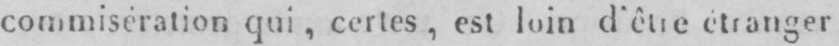
commiseration qui, certes, est loin d’être étranger